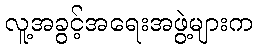
လူ့အခွင့်အရေးအဖွဲ့များက